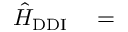
\begin{array} { r l } { \hat { H } _ { \mathrm { { D D I } } } } & { { } = } \end{array}